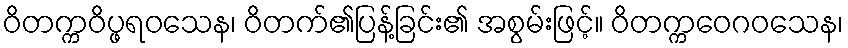
ဝိတက္ကဝိပ္ဖရဝသေန၊ ဝိတက်၏ပြန့်ခြင်း၏ အစွမ်းဖြင့်။ ဝိတက္ကဝေဂဝသေန၊